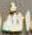
الله